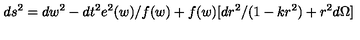
d s ^ { 2 } = d w ^ { 2 } - d t ^ { 2 } e ^ { 2 } ( w ) / f ( w ) + f ( w ) [ d r ^ { 2 } / ( 1 - k r ^ { 2 } ) + r ^ { 2 } d \Omega ]